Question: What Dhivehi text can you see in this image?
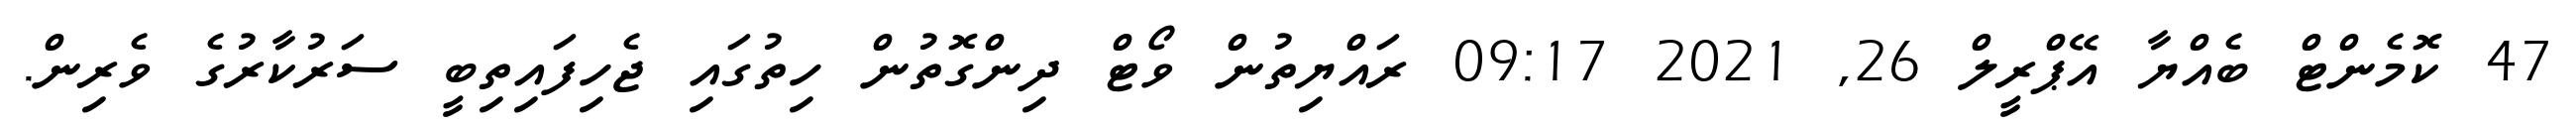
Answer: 47 ކޮމެންޓް ބެއްޔާ އޭޕްރީލް 26, 2021 09:17 ރައްޔިތުން ވޯޓް ދިންގޮތުން ހިތުގައި ޖެހިފައިތިބީ ސަރުކާރުގެ ވެރިން.